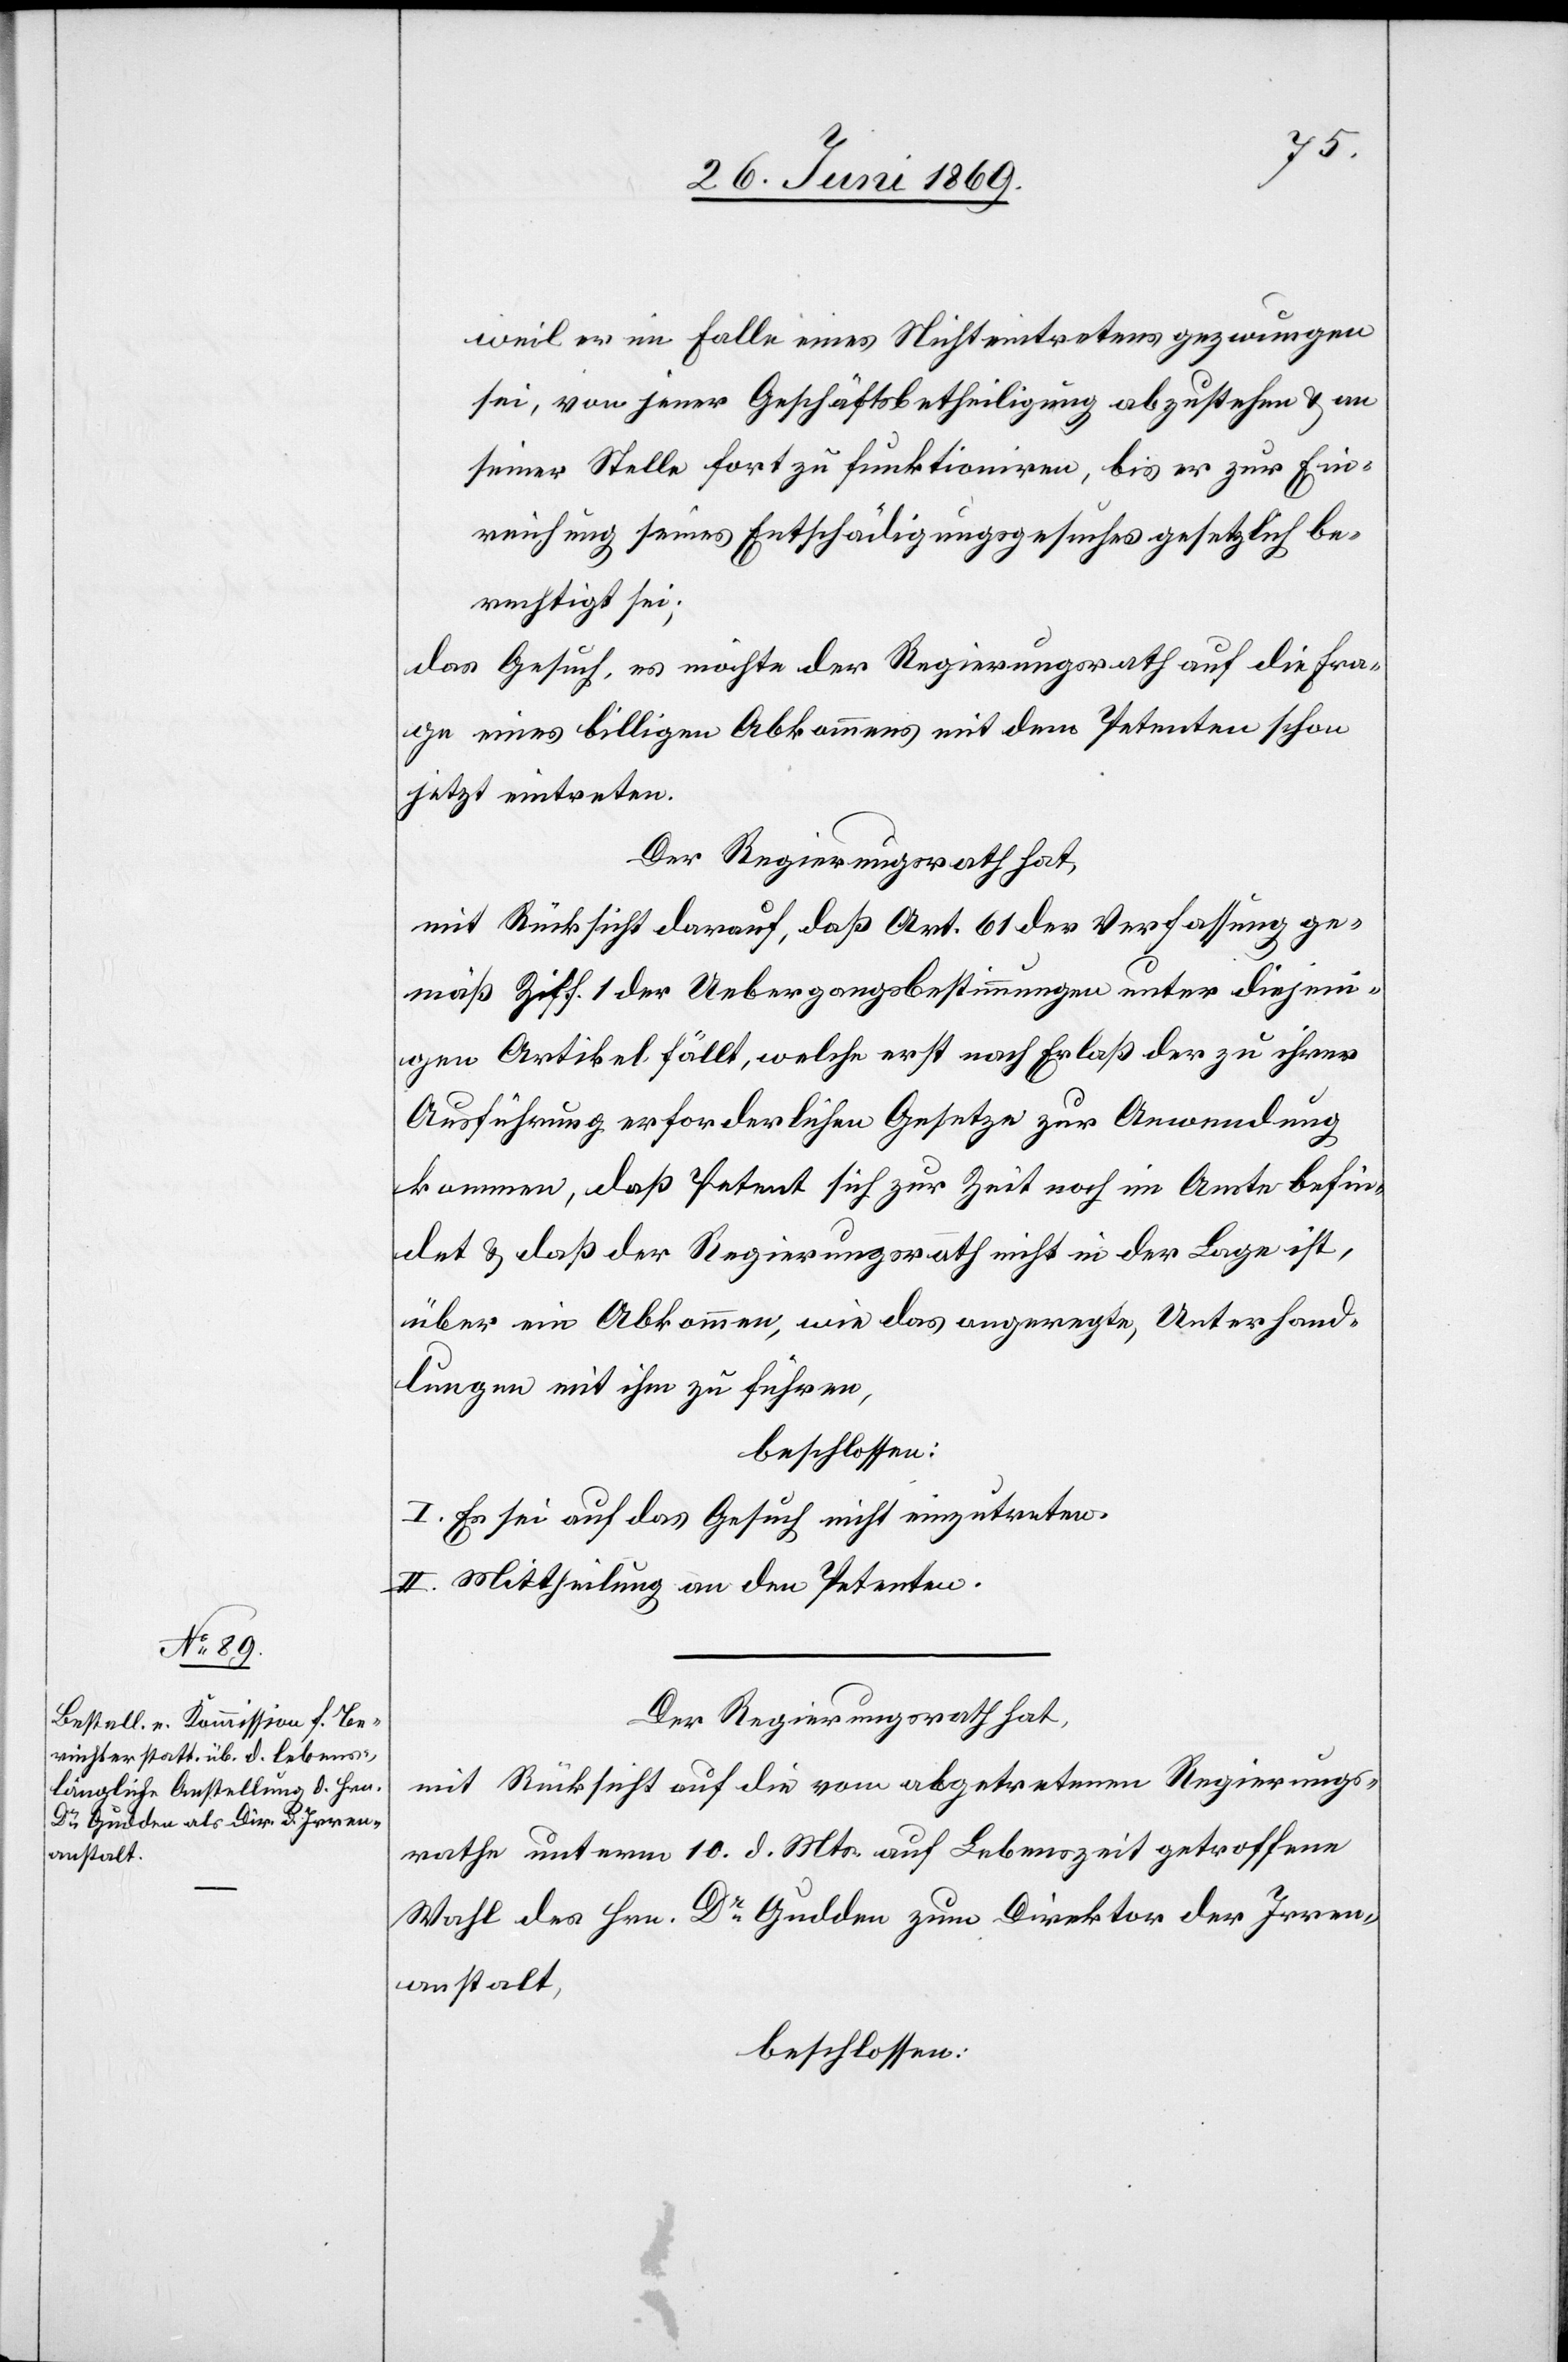
weil er im Falle eines Nichteintretens gezwungen
sei, von jener Geschäftsbetheiligung abzustehen u. an
seiner Stelle fort zu funktioniren, bis er zur Ein¬
reichung seines Entschädigungsgesuches gesetzlich be¬
rechtigt sei;
das Gesuch, es möchte der Regierungsrath auf die Fra¬
ge eines billigen Abkommens mit dem Petenten schon
jetzt eintreten.
Der Regierungsrath hat,
mit Rücksicht darauf, daß Art. 61 der Verfassung ge¬
mäß Ziff. 1 der Uebergangsbestimmungen unter diejeni¬
gen Artikel fällt, welche erst nach Erlaß der zu ihrer
Ausführung erforderlichen Gesetze zur Anwendung
kommen, daß Petent sich zur Zeit noch im Amte befin¬
det u. daß der Regierungsrath nicht in der Lage ist,
über ein Abkommen, wie das angeregte, Unterhand¬
lungen mit ihm zu führen,
beschlossen:
I. Es sei auf das Gesuch nicht einzutreten.
II. Mittheilung an den Petenten.
Der Regierungsrath hat,
mit Rücksicht auf die vom abgetretenen Regierungs¬
rathe unterm 10. d. Mts. auf Lebenszeit getroffene
Wahl des Hrn. Dr Gudden zum Direktion des Irren¬
anstalt,
beschlossen: